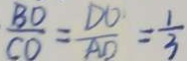
\frac { B D } { C O } = \frac { D O } { A D } = \frac { 1 } { 3 }